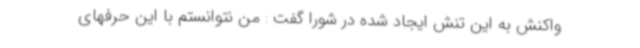
واکنش به این تنش ایجاد شده در شورا گفت : من نتوانستم با این حرفهای